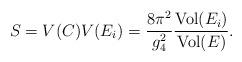
LaTeX: \begin{align*}S=V(C)V(E_i)=\frac {8 \pi^2}{g_4^2} \frac {\hbox {Vol}(E_i)}{\hbox {Vol}(E)}.\end{align*}